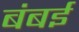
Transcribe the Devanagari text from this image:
बंबर्इ